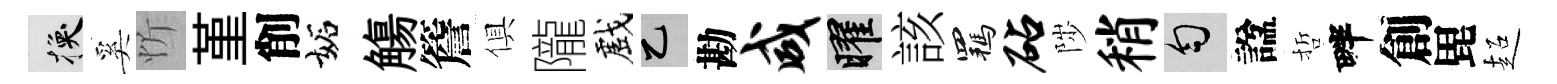
换奚忻堇削妬觴簷俱隴戲乙勘咸曜該羈砧陟稍匀諡哲畔創毘超